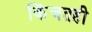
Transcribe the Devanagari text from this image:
किंचतही